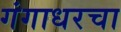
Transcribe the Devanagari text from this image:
गंगाधरचा